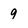
Character: 9